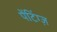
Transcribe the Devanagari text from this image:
पेंटिंग्ज़